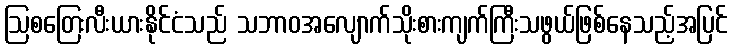
ဩစတြေးလီးယားနိုင်ငံသည် သဘာဝအလျောက်သိုးစားကျက်ကြီးသဖွယ်ဖြစ်နေသည့်အပြင်